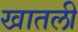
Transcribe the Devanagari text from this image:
खातली